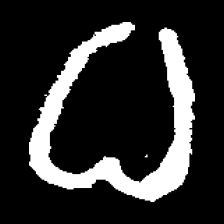
Pyu character \u2014 Myanmar letter: ဓ (romanized: dha)